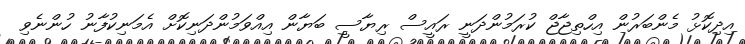
އިދިކޮޅު މެންބަރުން އިހްތިޖާޖް ކުރަމުންދަނީ ރައީސް ރިޔާސީ ބަޔާން އިއްވަމުންދަނިކޮށް އެމަނިކުފާނު ހުންނެވި